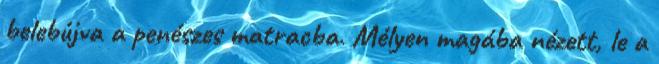
belebújva a penészes matracba. Mélyen magába nézett, le a